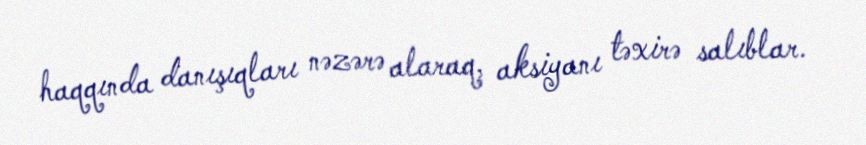
haqqında danışıqları nəzərə alaraq, aksiyanı təxirə salıblar.